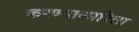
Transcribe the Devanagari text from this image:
करण्याकारिता